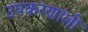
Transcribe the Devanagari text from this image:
उपकरणांशी